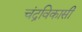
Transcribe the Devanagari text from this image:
चंद्रविकासी